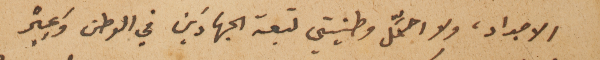
الاجداد، ولا احمِّل وطنيتي تبعة الجهادَين في الوطن وعِبْر